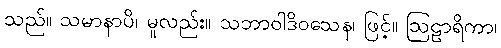
သည်။ သမာနာပိ၊ မူလည်း။ သဘာဝါဒိဝသေန၊ ဖြင့်။ ဩဠာရိကာ၊